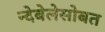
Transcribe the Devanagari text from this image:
न्देबेलेसोबत